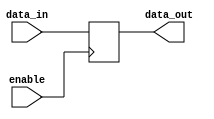
module active_high_buffer(
    input data_in,
    input enable,
    output reg data_out
);

always @ (posedge enable)
begin
    if(enable)
        data_out <= data_in;
end

endmodule